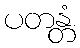
ပတန္တံ